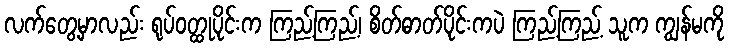
လက်တွေ့မှာလည်း ရုပ်ဝတ္ထုပိုင်းက ကြည့်ကြည့်၊ စိတ်ဓာတ်ပိုင်းကပဲ ကြည့်ကြည့် သူက ကျွန်မကို